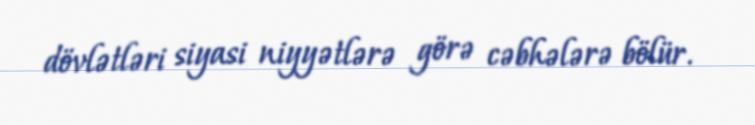
dövlətləri siyasi niyyətlərə görə cəbhələrə bölür.